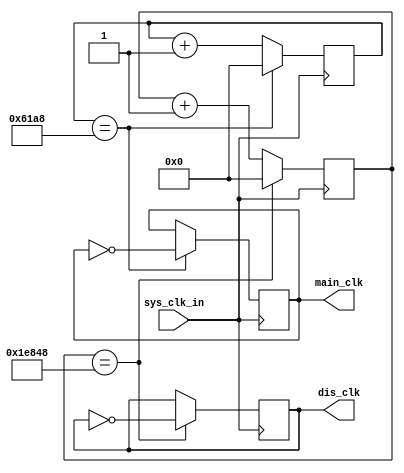
//7.Clock.v

module Clock
(input sys_clk_in,
output dis_clk,//50Hz
output main_clk//2000Hz
);

reg [31:0]clk_cnt1=0;
reg clk_2000Hz=0;

always @(posedge sys_clk_in)
if(clk_cnt1==32'd25000)
begin clk_cnt1 <= 1'b0; clk_2000Hz <= ~clk_2000Hz;end else
clk_cnt1 <= clk_cnt1 + 1'b1;

reg [31:0]clk_cnt2=0;
reg clk_50Hz=0;

always @(posedge sys_clk_in)
if(clk_cnt2==32'd125000)
begin clk_cnt2 <= 1'b0; clk_50Hz <= ~clk_50Hz;end else
clk_cnt2 <= clk_cnt2 + 1'b1;

assign main_clk=clk_2000Hz;
assign dis_clk=clk_50Hz;

endmodule